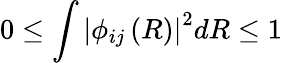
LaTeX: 0\leq\int\left|\phi_{ij}\left(R\right)\right|^{2}dR\leq 1